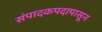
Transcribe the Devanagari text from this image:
संपादकपदापासून